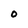
Character: 0